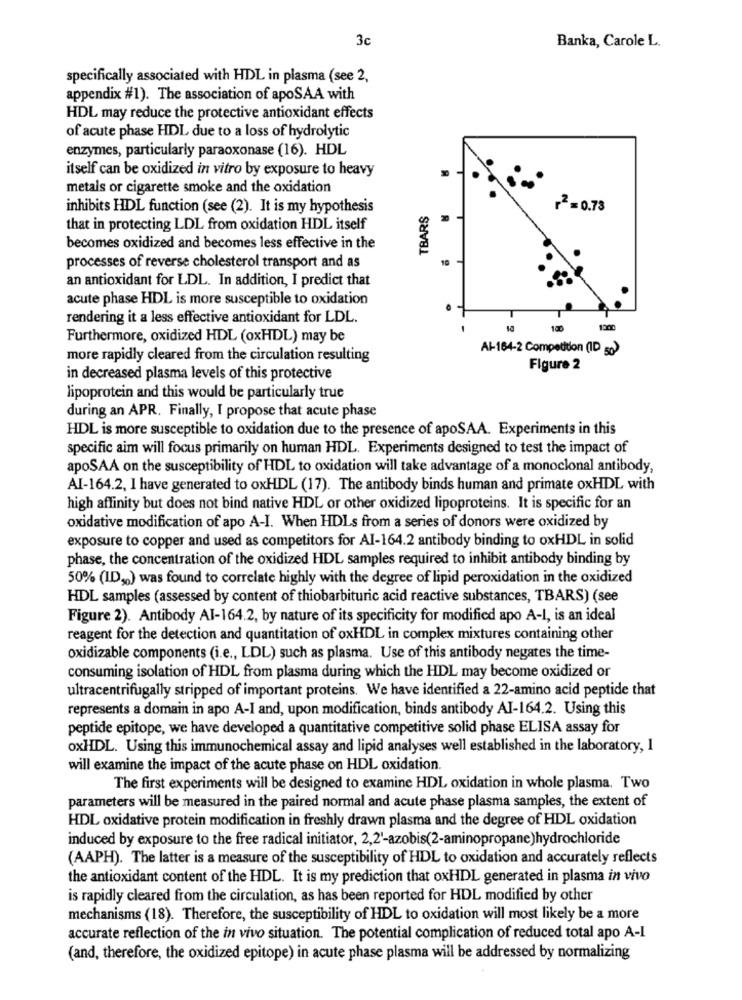
3c
Banka, Carole L.
specifically associated with HDL in plasma (see 2,
appendix #1). The association of apoSAA with
HDL may reduce the protective antioxidant effects
of acute phase HDL due to a loss of hydrolytic
enzymes, particularly paraoxonase (16). HDL
itself can be oxidized in vitro by exposure to heavy
metals or cigarette smoke and the oxidation
inhibits HDL function (see (2). It is my hypothesis
TBARS
+2=0.78
that in protecting LDL from oxidation HDL itself
becomes oxidized and becomes less effective in the
processes of reverse cholesterol transport and as
an antioxidant for LDL. In addition, I predict that
acute phase HDL is more susceptible to oxidation
rendering it a less effective antioxidant for LDL.
Furthermore, oxidized HDL (oxHDL) may be
Al-164-2 Competition (ID 50)
more rapidly cleared from the circulation resulting
Figure 2
in decreased plasma levels of this protective
lipoprotein and this would be particularly true
during an APR. Finally, I propose that acute phase
HDL is more susceptible to oxidation due to the presence of apoSAA. Experiments in this
specific aim will focus primarily on human HDL. Experiments designed to test the impact of
apoSAA on the susceptibility of HDL to oxidation will take advantage of a monoclonal antibody,
AI-164.2, I have generated to oxHDL (17). The antibody binds human and primate oxHDL with
high affinity but does not bind native HDL or other oxidized lipoproteins. It is specific for an
oxidative modification of apo A-I. When HDLs from a series of donors were oxidized by
exposure to copper and used as competitors for AI-164.2 antibody binding to oxHDL in solid
phase, the concentration of the oxidized HDL samples required to inhibit antibody binding by
50% (ID,) was found to correlate highly with the degree of lipid peroxidation in the oxidized
HDL samples (assessed by content of thiobarbituric acid reactive substances, TBARS) (see
Figure 2). Antibody AI-164.2, by nature of its specificity for modified apo A-1, is an ideal
reagent for the detection and quantitation of oxHDL in complex mixtures containing other
oxidizable components (i.e ., LDL) such as plasma. Use of this antibody negates the time-
consuming isolation of HDL from plasma during which the HDL may become oxidized or
ultracentrifugally stripped of important proteins. We have identified a 22-amino acid peptide that
represents a domain in apo A-I and, upon modification, binds antibody AI-164.2. Using this
peptide epitope, we have developed a quantitative competitive solid phase ELISA assay for
oxHDL. Using this immunochemical assay and lipid analyses well established in the laboratory, 1
will examine the impact of the acute phase on HDL oxidation.
The first experiments will be designed to examine HDL oxidation in whole plasma. Two
parameters will be measured in the paired normal and acute phase plasma samples, the extent of
HDL oxidative protein modification in freshly drawn plasma and the degree of HDL oxidation
induced by exposure to the free radical initiator, 2,2'-azobis(2-aminopropane)hydrochloride
(AAPH). The latter is a measure of the susceptibility of HDL to oxidation and accurately reflects
the antioxidant content of the HDL. It is my prediction that oxHDL generated in plasma in vivo
is rapidly cleared from the circulation, as has been reported for HDL modified by other
mechanisms (18). Therefore, the susceptibility of HDL to oxidation will most likely be a more
accurate reflection of the in vivo situation. The potential complication of reduced total apo A-I
(and, therefore, the oxidized epitope) in acute phase plasma will be addressed by normalizing